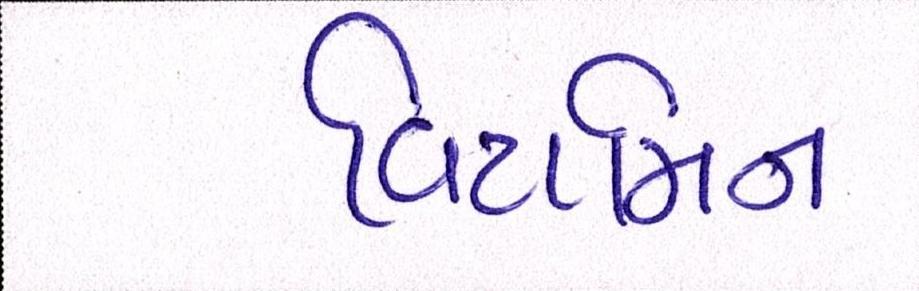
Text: વિટામિન